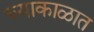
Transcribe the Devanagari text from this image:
च्याकाळात